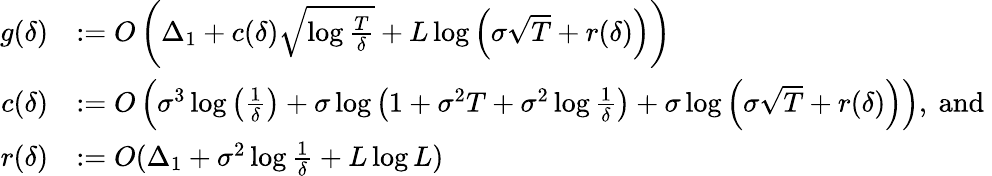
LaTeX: \begin{array}{rl}{g(\delta)}&{:=O\left(\Delta_{1}+c(\delta)\sqrt{\log\frac{T}{\delta}}+L\log\left(\sigma\sqrt{T}+r(\delta)\right)\right)}\\ {c(\delta)}&{:=O\left(\sigma^{3}\log\left(\frac{1}{\delta}\right)+\sigma\log\left(1+\sigma^{2}T+\sigma^{2}\log\frac{1}{\delta}\right)+\sigma\log\left(\sigma\sqrt{T}+r(\delta)\right)\right),\mathrm{~and~}}\\ {r(\delta)}&{:=O(\Delta_{1}+\sigma^{2}\log\frac{1}{\delta}+L\log L)}\end{array}